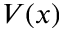
V ( x )